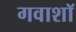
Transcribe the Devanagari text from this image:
गवाशॉ